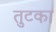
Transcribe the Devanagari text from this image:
तुटका